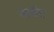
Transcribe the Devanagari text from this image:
समेंट